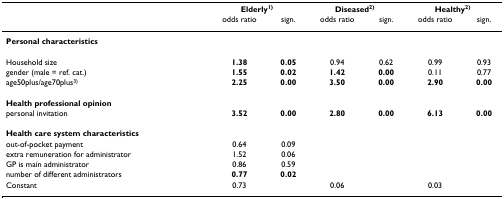
<table><thead><tr><td></td><td colspan="2"><b>Elderly<sup>1)</sup></b></td><td colspan="2"><b>Diseased<sup>2)</sup></b></td><td colspan="2"><b>Healthy<sup>2)</sup></b></td></tr><tr><td></td><td><b>odds ratio</b></td><td><b>sign.</b></td><td><b>odds ratio</b></td><td><b>sign.</b></td><td><b>odds ratio</b></td><td><b>sign.</b></td></tr></thead><tbody><tr><td><b>Personal characteristics</b></td><td></td><td></td><td></td><td></td><td></td><td></td></tr><tr><td>Household size</td><td><b>1.38</b></td><td><b>0.05</b></td><td>0.94</td><td>0.62</td><td>0.99</td><td>0.93</td></tr><tr><td>gender (male = ref. cat.)</td><td><b>1.55</b></td><td><b>0.02</b></td><td><b>1.42</b></td><td><b>0.00</b></td><td>0.11</td><td>0.77</td></tr><tr><td>age50plus/age70plus<sup>3)</sup></td><td><b>2.25</b></td><td><b>0.00</b></td><td><b>3.50</b></td><td><b>0.00</b></td><td><b>2.90</b></td><td><b>0.00</b></td></tr><tr><td><b>Health professional opinion</b></td><td></td><td></td><td></td><td></td><td></td><td></td></tr><tr><td>personal invitation</td><td><b>3.52</b></td><td><b>0.00</b></td><td><b>2.80</b></td><td><b>0.00</b></td><td><b>6.13</b></td><td><b>0.00</b></td></tr><tr><td><b>Health care system characteristics</b></td><td></td><td></td><td></td><td></td><td></td><td></td></tr><tr><td>out-of-pocket payment</td><td>0.64</td><td>0.09</td><td></td><td></td><td></td><td></td></tr><tr><td>extra remuneration for administrator</td><td>1.52</td><td>0.06</td><td></td><td></td><td></td><td></td></tr><tr><td>GP is main administrator</td><td>0.86</td><td>0.59</td><td></td><td></td><td></td><td></td></tr><tr><td>number of different administrators</td><td><b>0.77</b></td><td><b>0.02</b></td><td></td><td></td><td></td><td></td></tr><tr><td>Constant</td><td>0.73</td><td></td><td>0.06</td><td></td><td>0.03</td><td></td></tr></tbody></table>